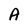
Character: A